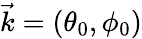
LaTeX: \vec{k}=\left(\theta_{0},\phi_{0}\right)